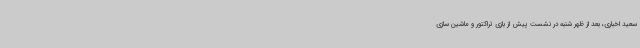
سعید اخباری، بعد از ظهر شنبه در نشست پیش از بازی تراکتور و ماشین سازی